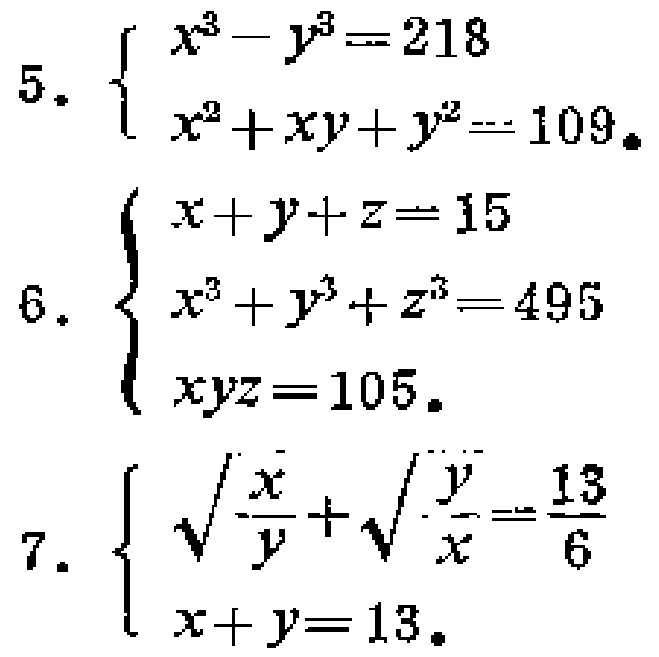
5. $\begin{cases}

x^{3}-y^{3}=218 \\

x^{2}+xy + y^{2}=109

\end{cases}$

6. $\begin{cases}

x + y+z = 15\\

x^{3}+y^{3}+z^{3}=495\\

xyz = 105

\end{cases}$

7. $\begin{cases}

\sqrt{\frac{x}{y}}+\sqrt{\frac{y}{x}}=\frac{13}{6}\\

x + y=13

\end{cases}$